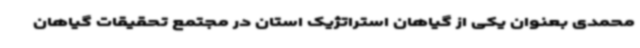
محمدی بعنوان یکی از گیاهان استراتژیک استان در مجتمع تحقیقات گیاهان